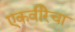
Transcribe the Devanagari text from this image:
एकवीरेचा